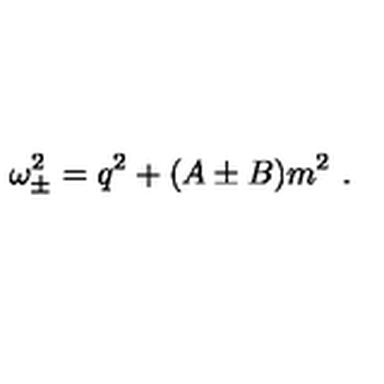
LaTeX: \omega _ { \pm } ^ { 2 } = q ^ { 2 } + ( A \pm B ) m ^ { 2 } \ .